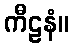
ကီဠနံ။